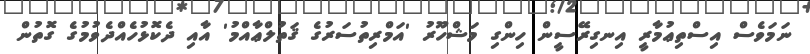
ނަމަވެސް އިސްތިޢުމާރީ އިނގިރޭސީން ހިންގި މަޝްހޫރު 'އަމްރިތުސަރުގެ ޤަތުލްޢާއްމު' އާއި ދެކޮޅުހެއްދެވުމުގެ ގޮތުން